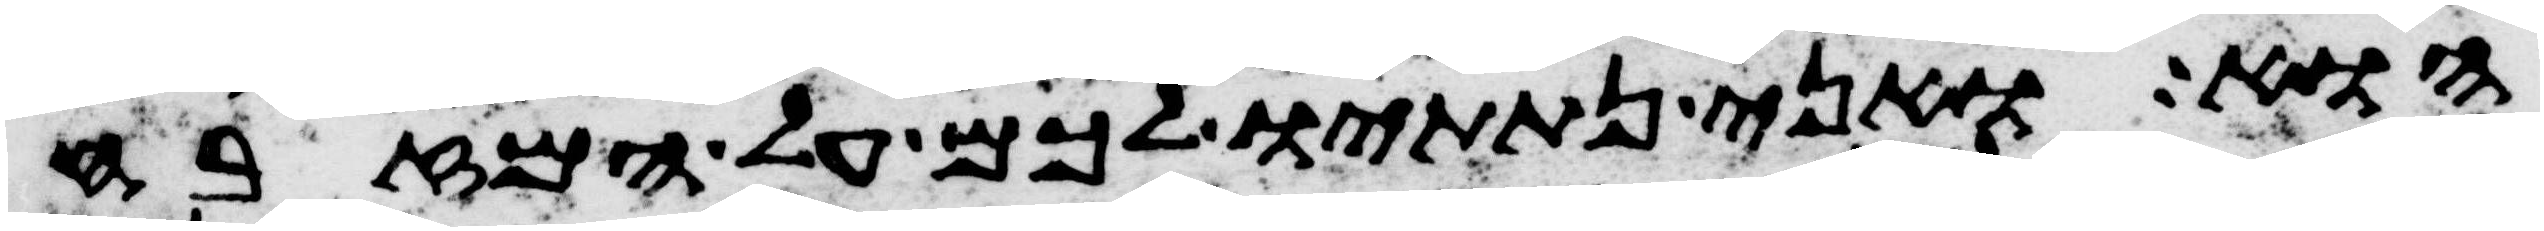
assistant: הוא ואני נתתיו לכם על המזבח